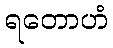
ရတောဟံ